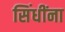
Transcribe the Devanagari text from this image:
सिंधींना